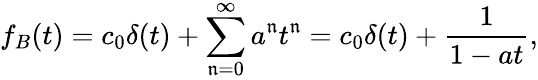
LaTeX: f_{B}(t)=c_{0}\delta(t)+\sum_{\mathfrak{n}=0}^{\infty}a^{\mathfrak{n}}t^{\mathfrak{n}}=c_{0}\delta(t)+{\frac{{1}}{{1-at}}},